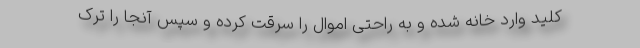
کلید وارد خانه شده و به راحتی اموال را سرقت کرده و سپس آنجا را ترک